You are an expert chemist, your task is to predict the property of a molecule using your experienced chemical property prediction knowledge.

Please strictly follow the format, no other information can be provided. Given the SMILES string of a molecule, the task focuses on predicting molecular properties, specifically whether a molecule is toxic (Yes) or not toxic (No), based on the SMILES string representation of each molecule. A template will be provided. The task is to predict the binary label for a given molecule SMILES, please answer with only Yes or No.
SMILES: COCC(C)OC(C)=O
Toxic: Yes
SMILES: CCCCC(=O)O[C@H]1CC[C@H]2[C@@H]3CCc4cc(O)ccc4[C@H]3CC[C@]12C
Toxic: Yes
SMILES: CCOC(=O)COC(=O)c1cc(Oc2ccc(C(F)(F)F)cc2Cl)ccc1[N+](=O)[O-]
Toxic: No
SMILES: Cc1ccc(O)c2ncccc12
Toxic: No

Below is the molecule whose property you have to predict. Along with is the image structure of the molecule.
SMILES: N[C@@H](Cc1ccc(O)cc1)C(=O)O
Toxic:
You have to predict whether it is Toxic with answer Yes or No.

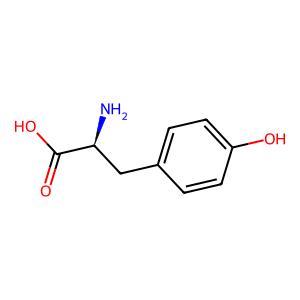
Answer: No